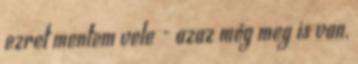
ezret mentem vele - azaz még meg is van,